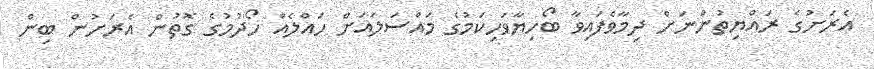
އެރަށުގެ ރައްޔިތުންނަށް ދިމާވެފައިވާ ބޯހިޔާވަހިކަމުގެ މައްސަލައަށް ހައްލެއް ހޯދުމުގެ ގޮތުން އެރަށުން ބިން